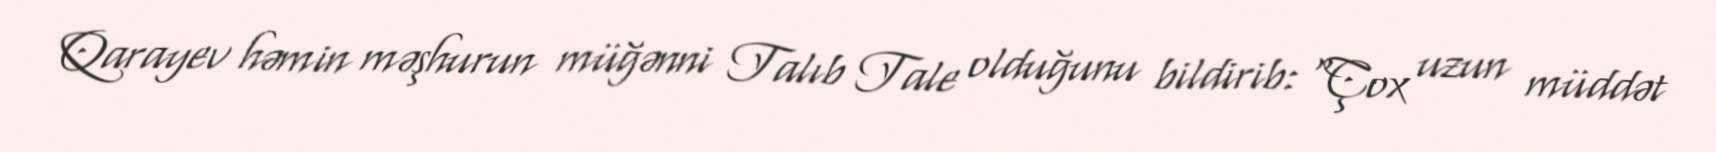
Qarayev həmin məşhurun müğənni Talıb Tale olduğunu bildirib: “Çox uzun müddət